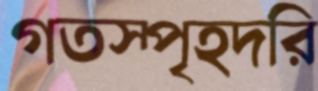
গতস্পৃহদরি